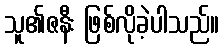
သူ၏ဇနီး ဖြစ်လိုခဲ့ပါသည်။